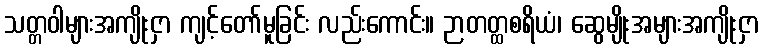
သတ္တဝါများအကျိုးငှာ ကျင့်တော်မူခြင်း လည်းကောင်း။ ဉာတတ္ထစရိယံ၊ ဆွေမျိုးအများအကျိုးငှာ